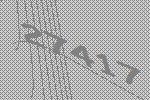
27417